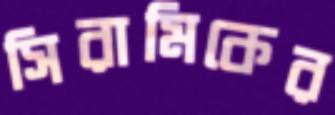
সিরামিকের